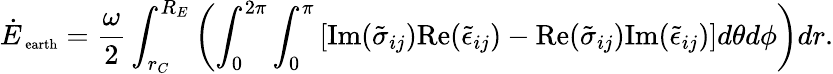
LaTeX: \dot{E}_{\mathrm{\scriptsize~earth}}=\frac{\omega}{2}\int_{r_{C}}^{R_{E}}\left(\int_{0}^{2\pi}\int_{0}^{\pi}\left[\mathrm{Im}(\tilde{\sigma}_{ij})\mathrm{Re}(\tilde{\epsilon}_{ij})-\mathrm{Re}(\tilde{\sigma}_{ij})\mathrm{Im}(\tilde{\epsilon}_{ij})\right]d\theta d\phi\right)dr.